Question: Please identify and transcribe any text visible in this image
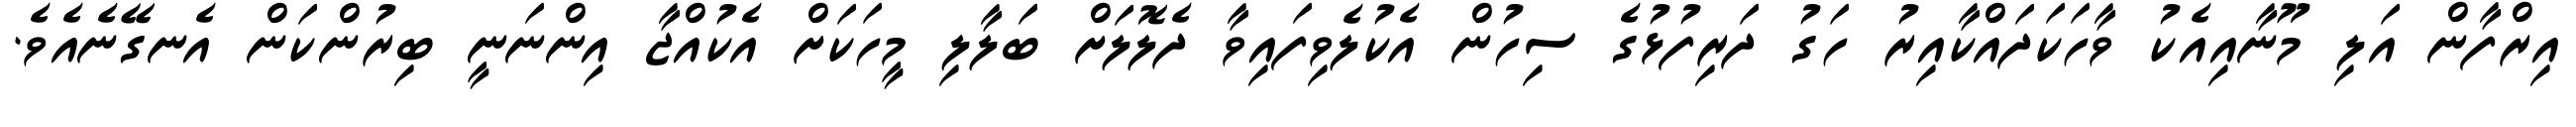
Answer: އިރްފާން އަލި މޫނާއިއެކު ވާހަކަދައްކާއިރު ހަގު ދަރިފުޅުގެ ސިހުން އެކުލެވިފައިވާ ދެލޮލަށް ބަލާލި މީހަކަށް އެކުއްޖާ އިންނަނީ ބިރުންކަން އެނގޭނެއެވެ.